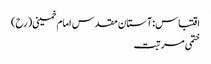
اقتباس: آستان مقدس امام خمینی(رح)
ختمی مرتبت